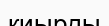
қиырды